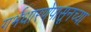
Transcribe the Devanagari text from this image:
गर्भधारणेपासूनच्या